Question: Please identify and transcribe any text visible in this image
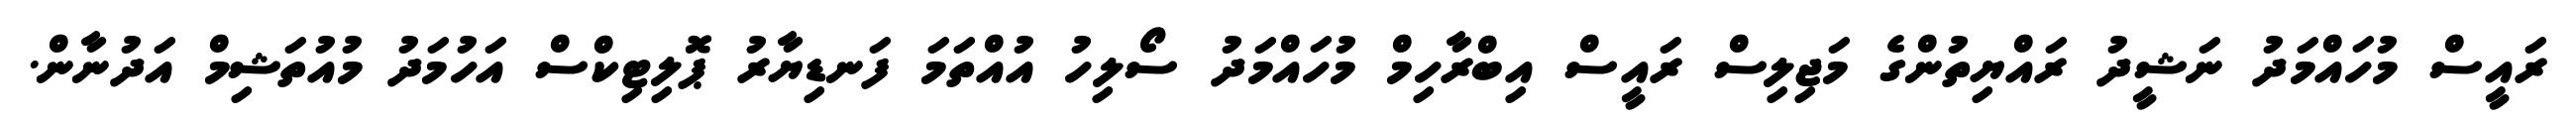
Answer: ރައީސް މުހައްމަދު ނަޝީދު ރައްޔިތުންގެ މަޖިލިސް ރައީސް އިބްރާހިމް މުހައްމަދު ސޯލިހު އުއްތަމަ ފަނޑިޔާރު ޕޮލިޓިކްސް އަހުމަދު މުއުތަޝިމް އަދުނާން.